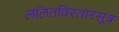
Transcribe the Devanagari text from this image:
ललितविस्तारसूत्र